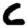
Digit: 6